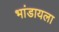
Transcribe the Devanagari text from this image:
भांडायला